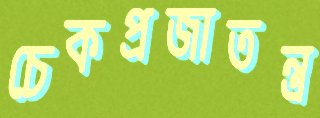
চেকপ্রজাতন্ত্র